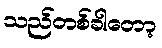
သည်တစ်ခါတော့